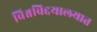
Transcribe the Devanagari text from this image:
विश्वविद्दयालयात